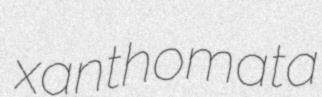
xanthomata